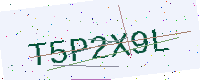
Text: T5P2X9L